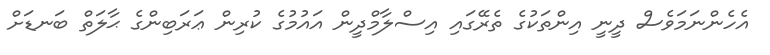
އެހެންނަމަވެސް ދީނީ އިންތަކުގެ ތެރޭގައި އިސްލާމްދީން އައުމުގެ ކުރިން ޢަރަބިންގެ ޙާލަތް ބަނޑަށް